Civil Veterinary Dept. Bombay admin report 1932-41 - 1932-1941
Year: 1932
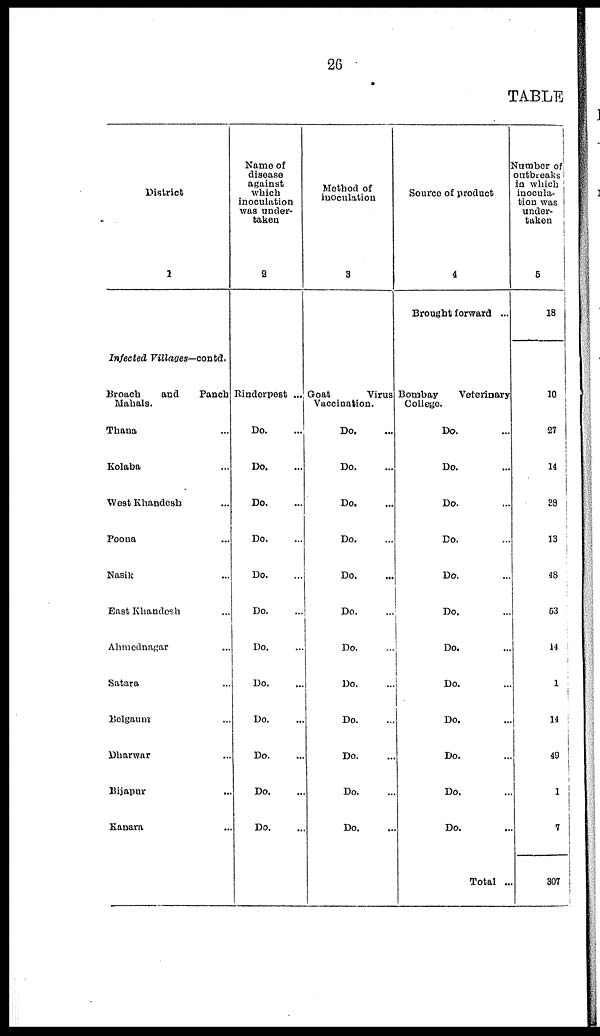
26
TABLE
District
1
Infected Villages—contd.
Broach
and
Panch
Mahals.
Thana ...
Kolaba ...
West Khandesh ...
Poona ...
Nasik ...
East Khandesh ...
Ahmednagar ...
Satara ...
Belgaum ...
Dharwar ...
Bijapur ...
Kanara ...
Name of
disease
against
which
inoculation
was under-
taken
2
Rinderpest ...
Do. ...
Do. ...
Do. ...
Do. ...
Do. ...
Do. ...
Do. ...
Do. ...
Do. ...
Do. ...
Do. ...
Do. ...
Method of
inoculation
3
Goat
Virus
Vaccination.
Do. ...
Do. ...
Do. ...
Do. ...
Do. ...
Do. ...
Do. ...
Do. ...
Do. ...
Do. ...
Do. ...
Do. ...
Source of product
4
Brought forward ...
Bombay
Veterinary
College.
Do. ...
Do. ...
Do. ...
Do. ...
Do. ...
Do. ...
Do. ...
Do. ...
Do. ...
Do. ...
Do. ...
Do. ...
Total ...
Number of
outbreaks
in which
inocula-
tion was
under-
taken
5
18
10
27
14
38
13
48
53
14
1
14
49
1
7
307